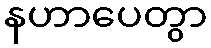
နဟာပေတွာ